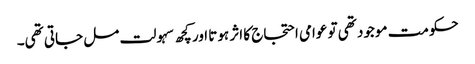
حکومت موجود تھی تو عوامی احتجاج کا اثر ہوتا اور کچھ سہولت مل جاتی تھی۔